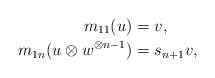
\begin{align*}m_{11}(u) &= v, \\m_{1n}(u \otimes w^{ \otimes n-1}) &= s_{n+1}v,\\\end{align*}